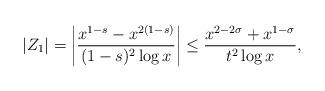
LaTeX: \begin{align*} |Z_1| &= \left| \frac{x^{1-s}-x^{2(1-s)}}{(1-s)^2\log x} \right| \leq \frac{x^{2-2\sigma} + x^{1-\sigma}}{t^2 \log x}, \end{align*}